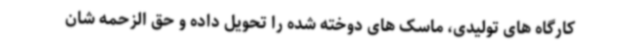
کارگاه های تولیدی، ماسک های دوخته شده را تحویل داده و حق الزحمه شان